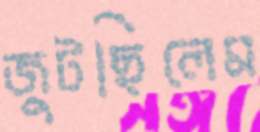
জুটছিলেম